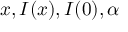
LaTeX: x , I ( x ) , I ( 0 ) , \alpha